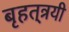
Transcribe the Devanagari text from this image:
बृहत्‌त्रयी